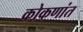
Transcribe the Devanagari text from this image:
कोकणांत